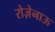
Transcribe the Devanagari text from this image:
रोज़ेनाऊ